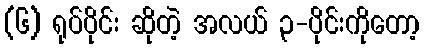
(၆) ရုပ်ပိုင်း ဆိုတဲ့ အလယ် ၃-ပိုင်းကိုတော့